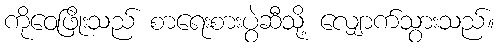
ကိုဝေဖြိုးသည် စာရေးစားပွဲဆီသို့ လျှောက်သွားသည်။